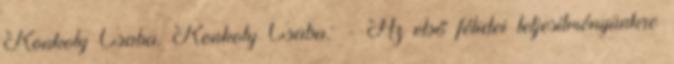
Konkoly Csaba. Konkoly Csaba: - Az első félidei teljesítményünkre